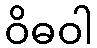
ဝိဓဝါ